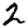
Digit: 2